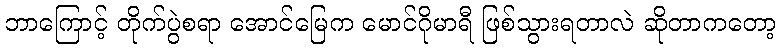
ဘာကြောင့် တိုက်ပွဲစရာ အောင်မြေက မောင်ဂိုမာရီ ဖြစ်သွားရတာလဲ ဆိုတာကတော့